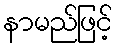
နာမည်ဖြင့်